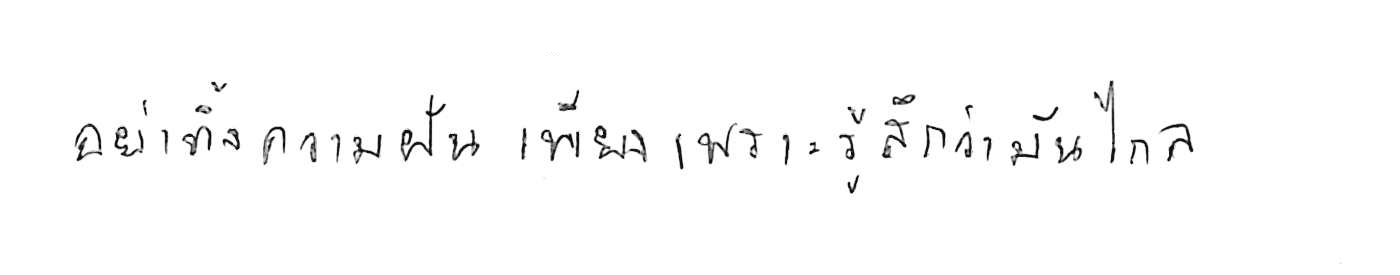
อย่าทิ้งความฝัน เพียงเพราะรู้สึกว่ามันไกล